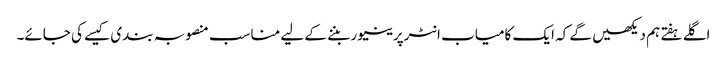
اگلے ہفتے ہم دیکھیں گے کہ ایک کامیاب انٹرپرینیور بننے کے لیے مناسب منصوبہ بندی کیسے کی جائے۔